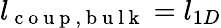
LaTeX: l_{\mathrm{~c~o~u~p~,~b~u~l~k~}}=l_{1D}